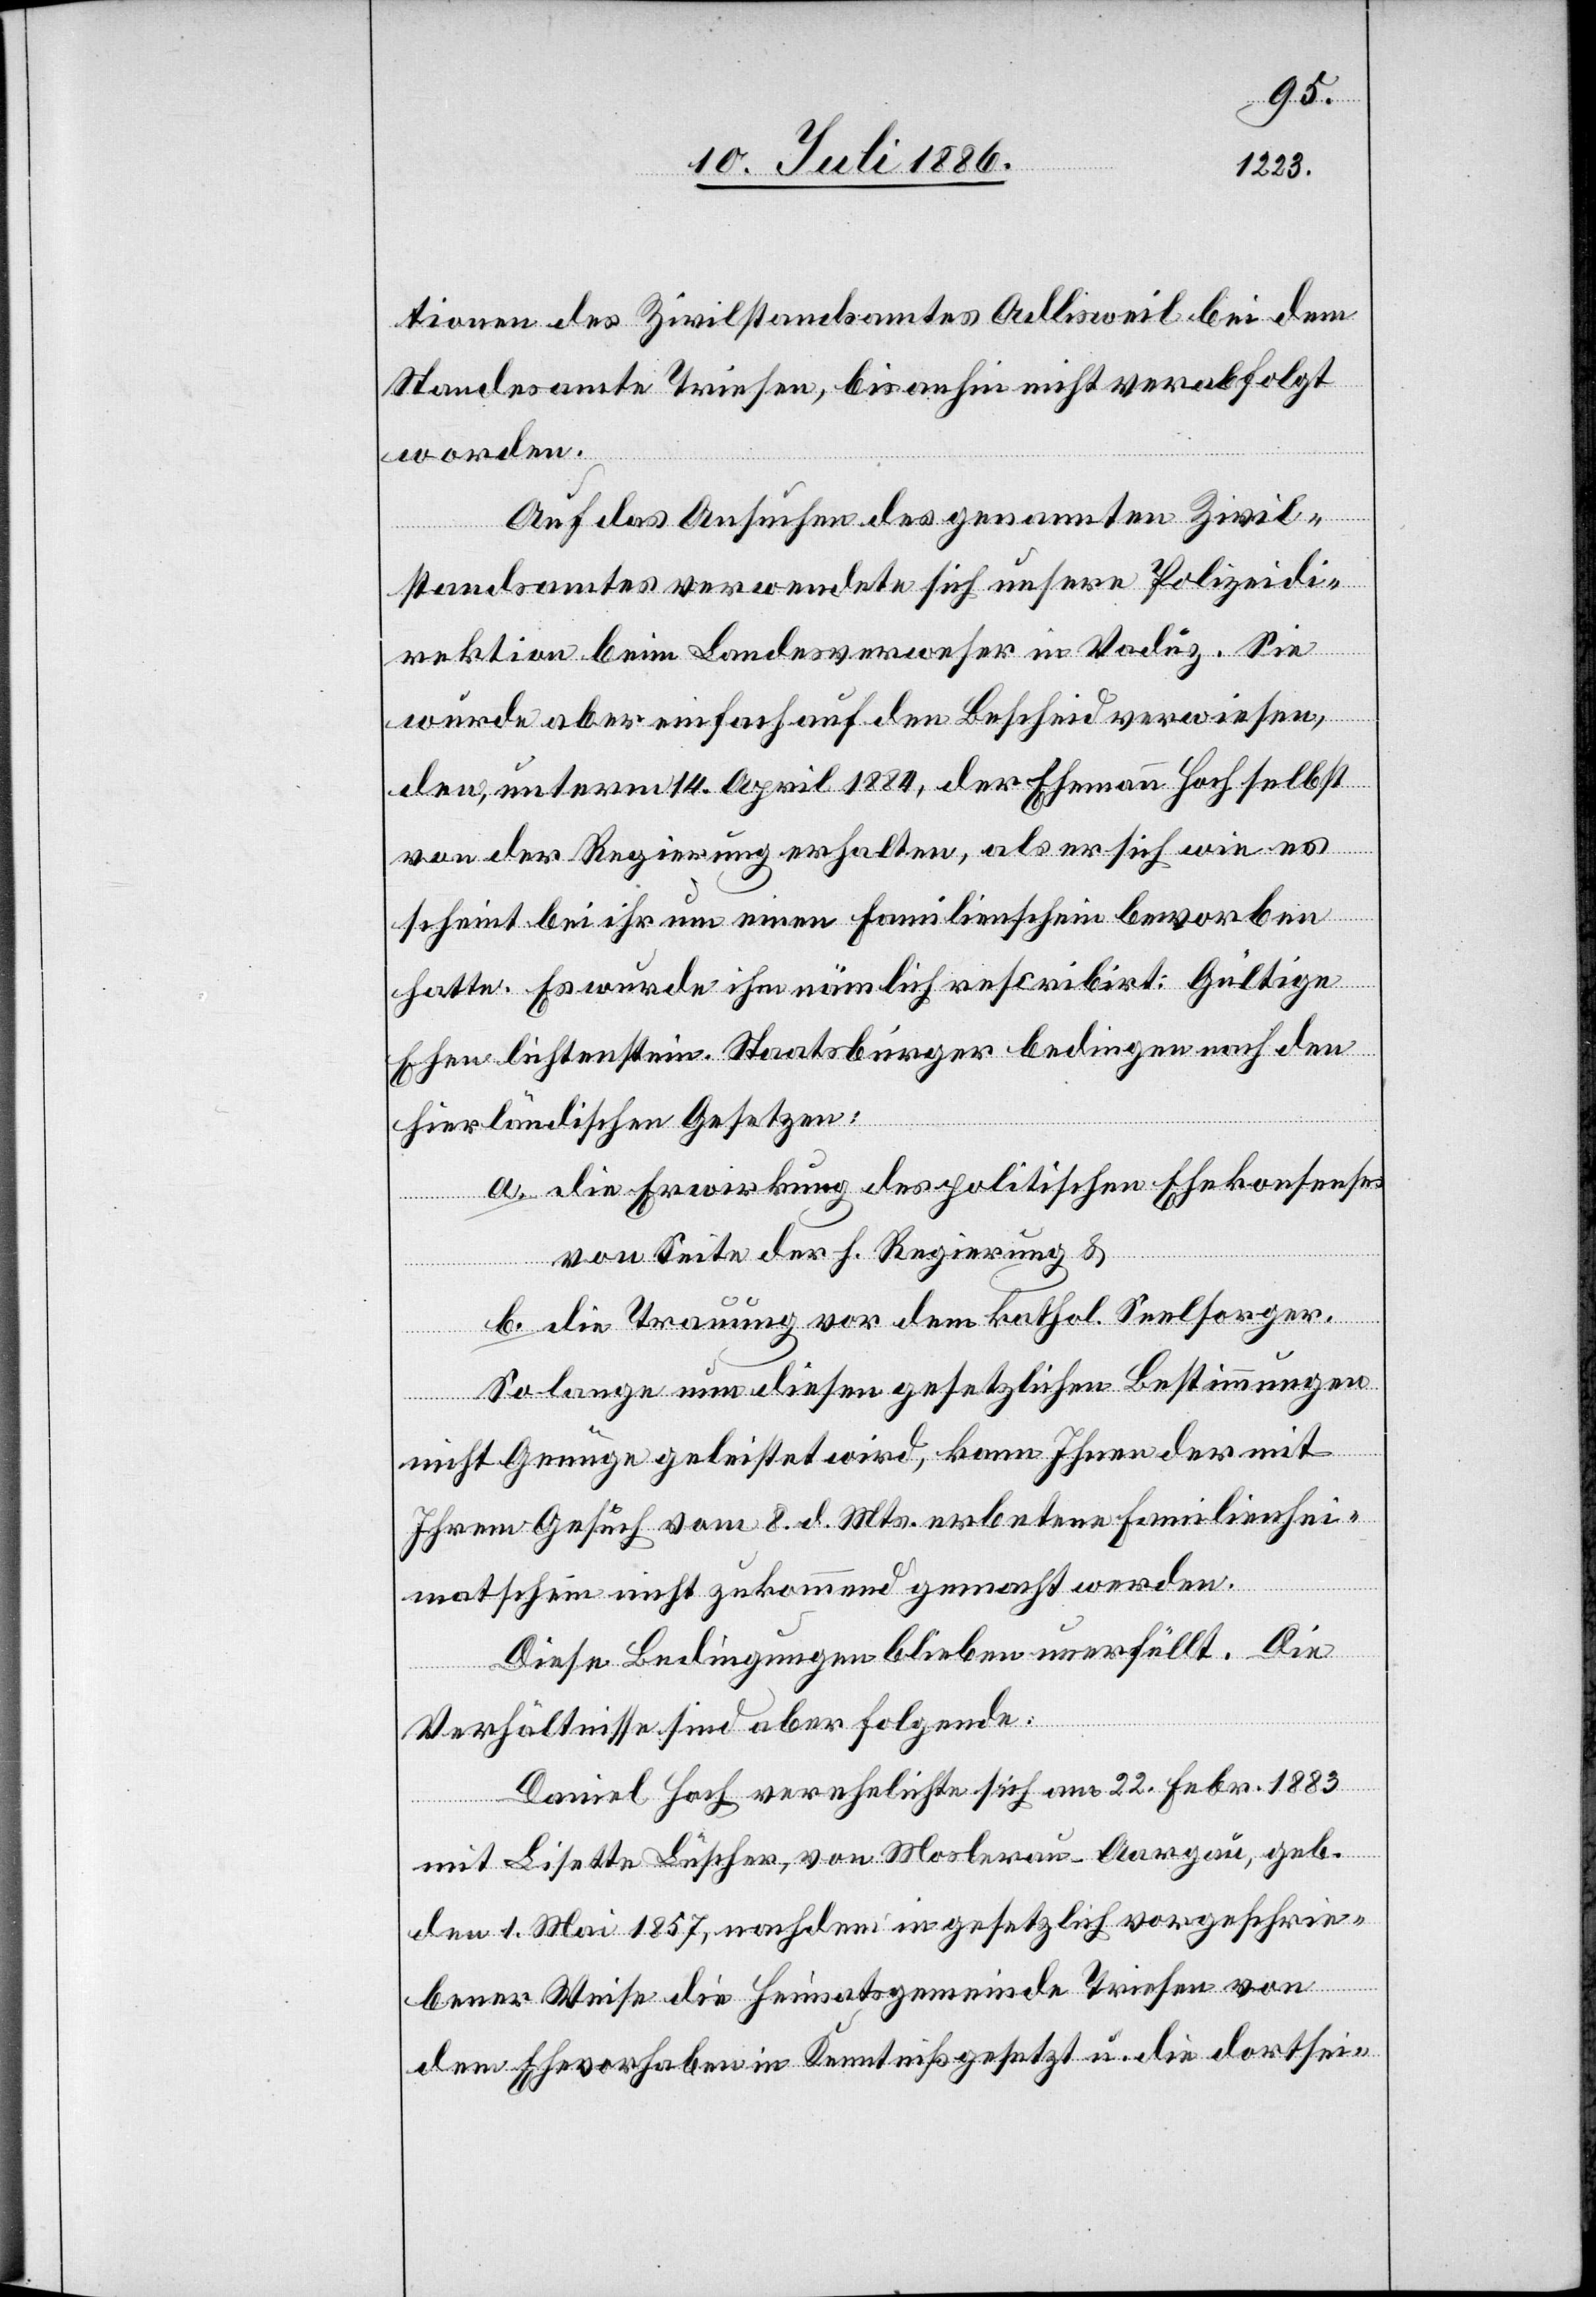
tionen des Zivilstandsamtes Adlisweil bei dem
Standesamte Triesen, bis anhin nicht verabfolgt
worden.
Auf das Ansuchen des genannten Zivil¬
standsamtes verwendete sich unsere Polizeidi¬
rektion beim Landesverweser in Vaduz. Sie
wurde aber einfach auf den Bescheid verwiesen,
den, unterm 14. April 1884, der Ehemann Hoch selbst
von der Regierung erhalten, als er sich wie es
scheint bei ihr um einen Familienschein beworben
hatte. Es wurde ihm nämlich rescribirt: Gültige
Ehen lichtenstein. Staatsbürger bedingen nach den
hierländischen Gesetzen:
a. Die Erwirkung des politischen Ehekonsenses
von Seite der h. Regierung &
b. die Trauung vor dem kathol. Seelsorger.
Solange nun diesen gesetzlichen Bestimmungen
nicht Genüge geleistet wird, kann Ihnen der mit
Ihrem Gesuch vom 8. d. Mts. erbetene Familienhei¬
matschein nicht zukommend gemacht werden.
Diese Bedingungen blieben unerfüllt. Die
Verhältnisse sind aber folgende:
Daniel Hoch verehelichte sich am 22. Febr. 1883
mit Lisette Lüscher, von Moslerau - Aargau, geb.
den 1. Mai 1857, nachdem in gesetzlich vorgeschrie¬
bener Weise die Heimatsgemeinde Triesen von
dem Ehevorhaben in Kenntniß gesetzt u. die dortsei-